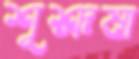
শূশ্রূষা